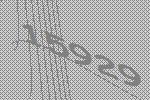
15929